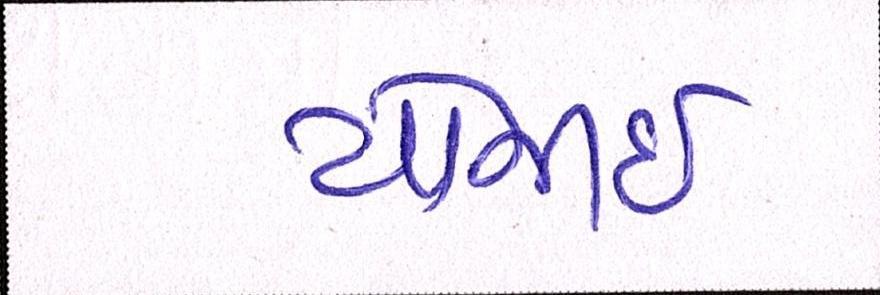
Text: યોજાઈ